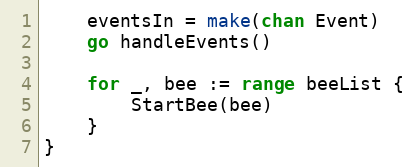
Language: Go
	eventsIn = make(chan Event)
	go handleEvents()

	for _, bee := range beeList {
		StartBee(bee)
	}
}